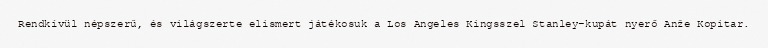
Rendkívül népszerű, és világszerte elismert játékosuk a Los Angeles Kingsszel Stanley-kupát nyerő Anže Kopitar.